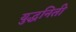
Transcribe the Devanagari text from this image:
युद्धनिती